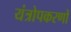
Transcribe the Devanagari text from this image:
यंत्रोपकरणों